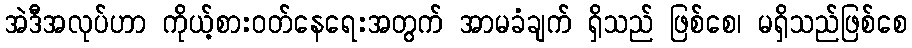
အဲဒီအလုပ်ဟာ ကိုယ့်စားဝတ်နေရေးအတွက် အာမခံချက် ရှိသည် ဖြစ်စေ၊ မရှိသည်ဖြစ်စေ